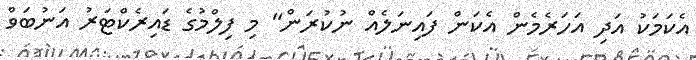
އެކަމަކު އަދި އަހަރެމެން އެކަން ފައިނަލެއް ނުކުރަން" މި ފިލްމުގެ ޑައިރެކްޓަރު އަނުބަވް